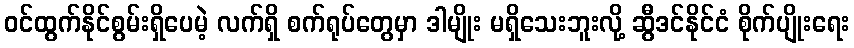
ဝင်ထွက်နိုင်စွမ်းရှိပေမဲ့ လက်ရှိ စက်ရုပ်တွေမှာ ဒါမျိုး မရှိသေးဘူးလို့ ဆွီဒင်နိုင်ငံ စိုက်ပျိုးရေး